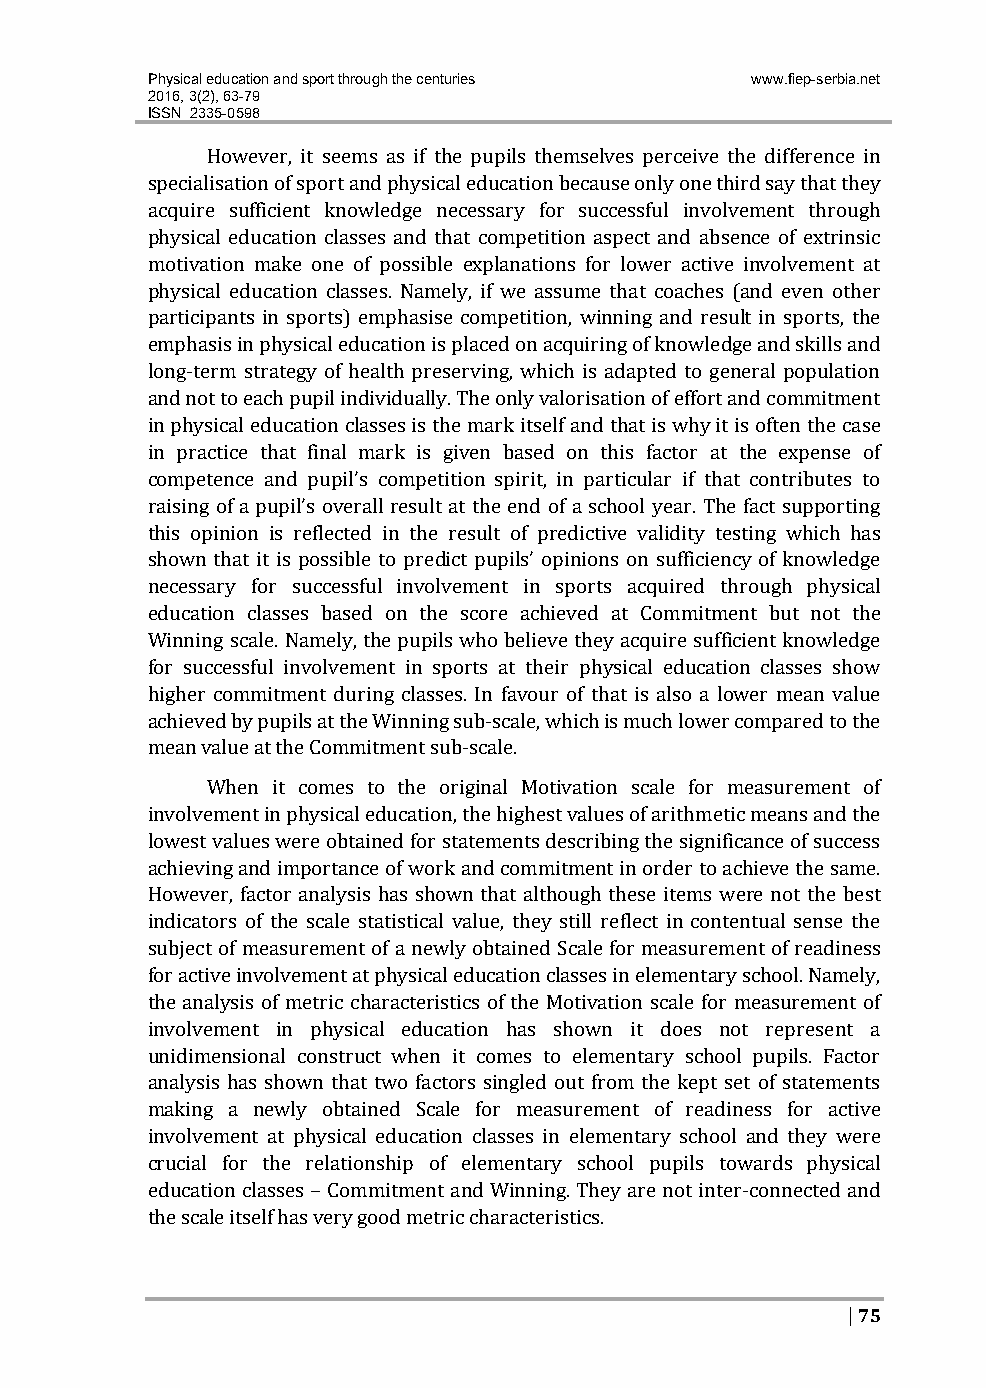
Physical education and sport through the centuries www.fiep-serbia.net
 2016, 3(2), 63-79
 ISSN 2335-0598
 However, it seems as if the pupils themselves perceive the difference in
 specialisation of sport and physical education because only one third say that they
 acquire sufficient knowledge necessary for successful involvement through
 physical education classes and that competition aspect and absence of extrinsic
 motivation make one of possible explanations for lower active involvement at
 physical education classes. Namely, if we assume that coaches (and even other
 participants in sports) emphasise competition, winning and result in sports, the
 emphasis in physical education is placed on acquiring of knowledge and skills and
 long‐term strategy of health preserving, which is adapted to general population
 and not to each pupil individually. The only valorisation of effort and commitment
 in physical education classes is the mark itself and that is why it is often the case
 in practice that final mark is given based on this factor at the expense of
 competence and pupil’s competition spirit, in particular if that contributes to
 raising of a pupil’s overall result at the end of a school year. The fact supporting
 this opinion is reflected in the result of predictive validity testing which has
 shown that it is possible to predict pupils’ opinions on sufficiency of knowledge
 necessary for successful involvement in sports acquired through physical
 education classes based on the score achieved at Commitment but not the
 Winning scale. Namely, the pupils who believe they acquire sufficient knowledge
 for successful involvement in sports at their physical education classes show
 higher commitment during classes. In favour of that is also a lower mean value
 achieved by pupils at the Winning sub‐scale, which is much lower compared to the
 mean value at the Commitment sub‐scale.
 When it comes to the original Motivation scale for measurement of
 involvement in physical education, the highest values of arithmetic means and the
 lowest values were obtained for statements describing the significance of success
 achieving and importance of work and commitment in order to achieve the same.
 However, factor analysis has shown that although these items were not the best
 indicators of the scale statistical value, they still reflect in contentual sense the
 subject of measurement of a newly obtained Scale for measurement of readiness
 for active involvement at physical education classes in elementary school. Namely,
 the analysis of metric characteristics of the Motivation scale for measurement of
 involvement in physical education has shown it does not represent a
 unidimensional construct when it comes to elementary school pupils. Factor
 analysis has shown that two factors singled out from the kept set of statements
 making a newly obtained Scale for measurement of readiness for active
 involvement at physical education classes in elementary school and they were
 crucial for the relationship of elementary school pupils towards physical
 education classes – Commitment and Winning. They are not inter‐connected and
 the scale itself has very good metric characteristics.
 | 75